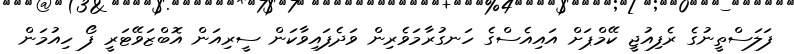
ފަލަސްތީނުގެ ރެފިއުޖީ ކޭމްޕަށް އައިއެސްގެ ހަނގުރާމަވެރިން ވަދެފައިވާކަަން ސީރިއަން އޮބްޒަވޭޓަރީ ފޯ ހިއުމަން